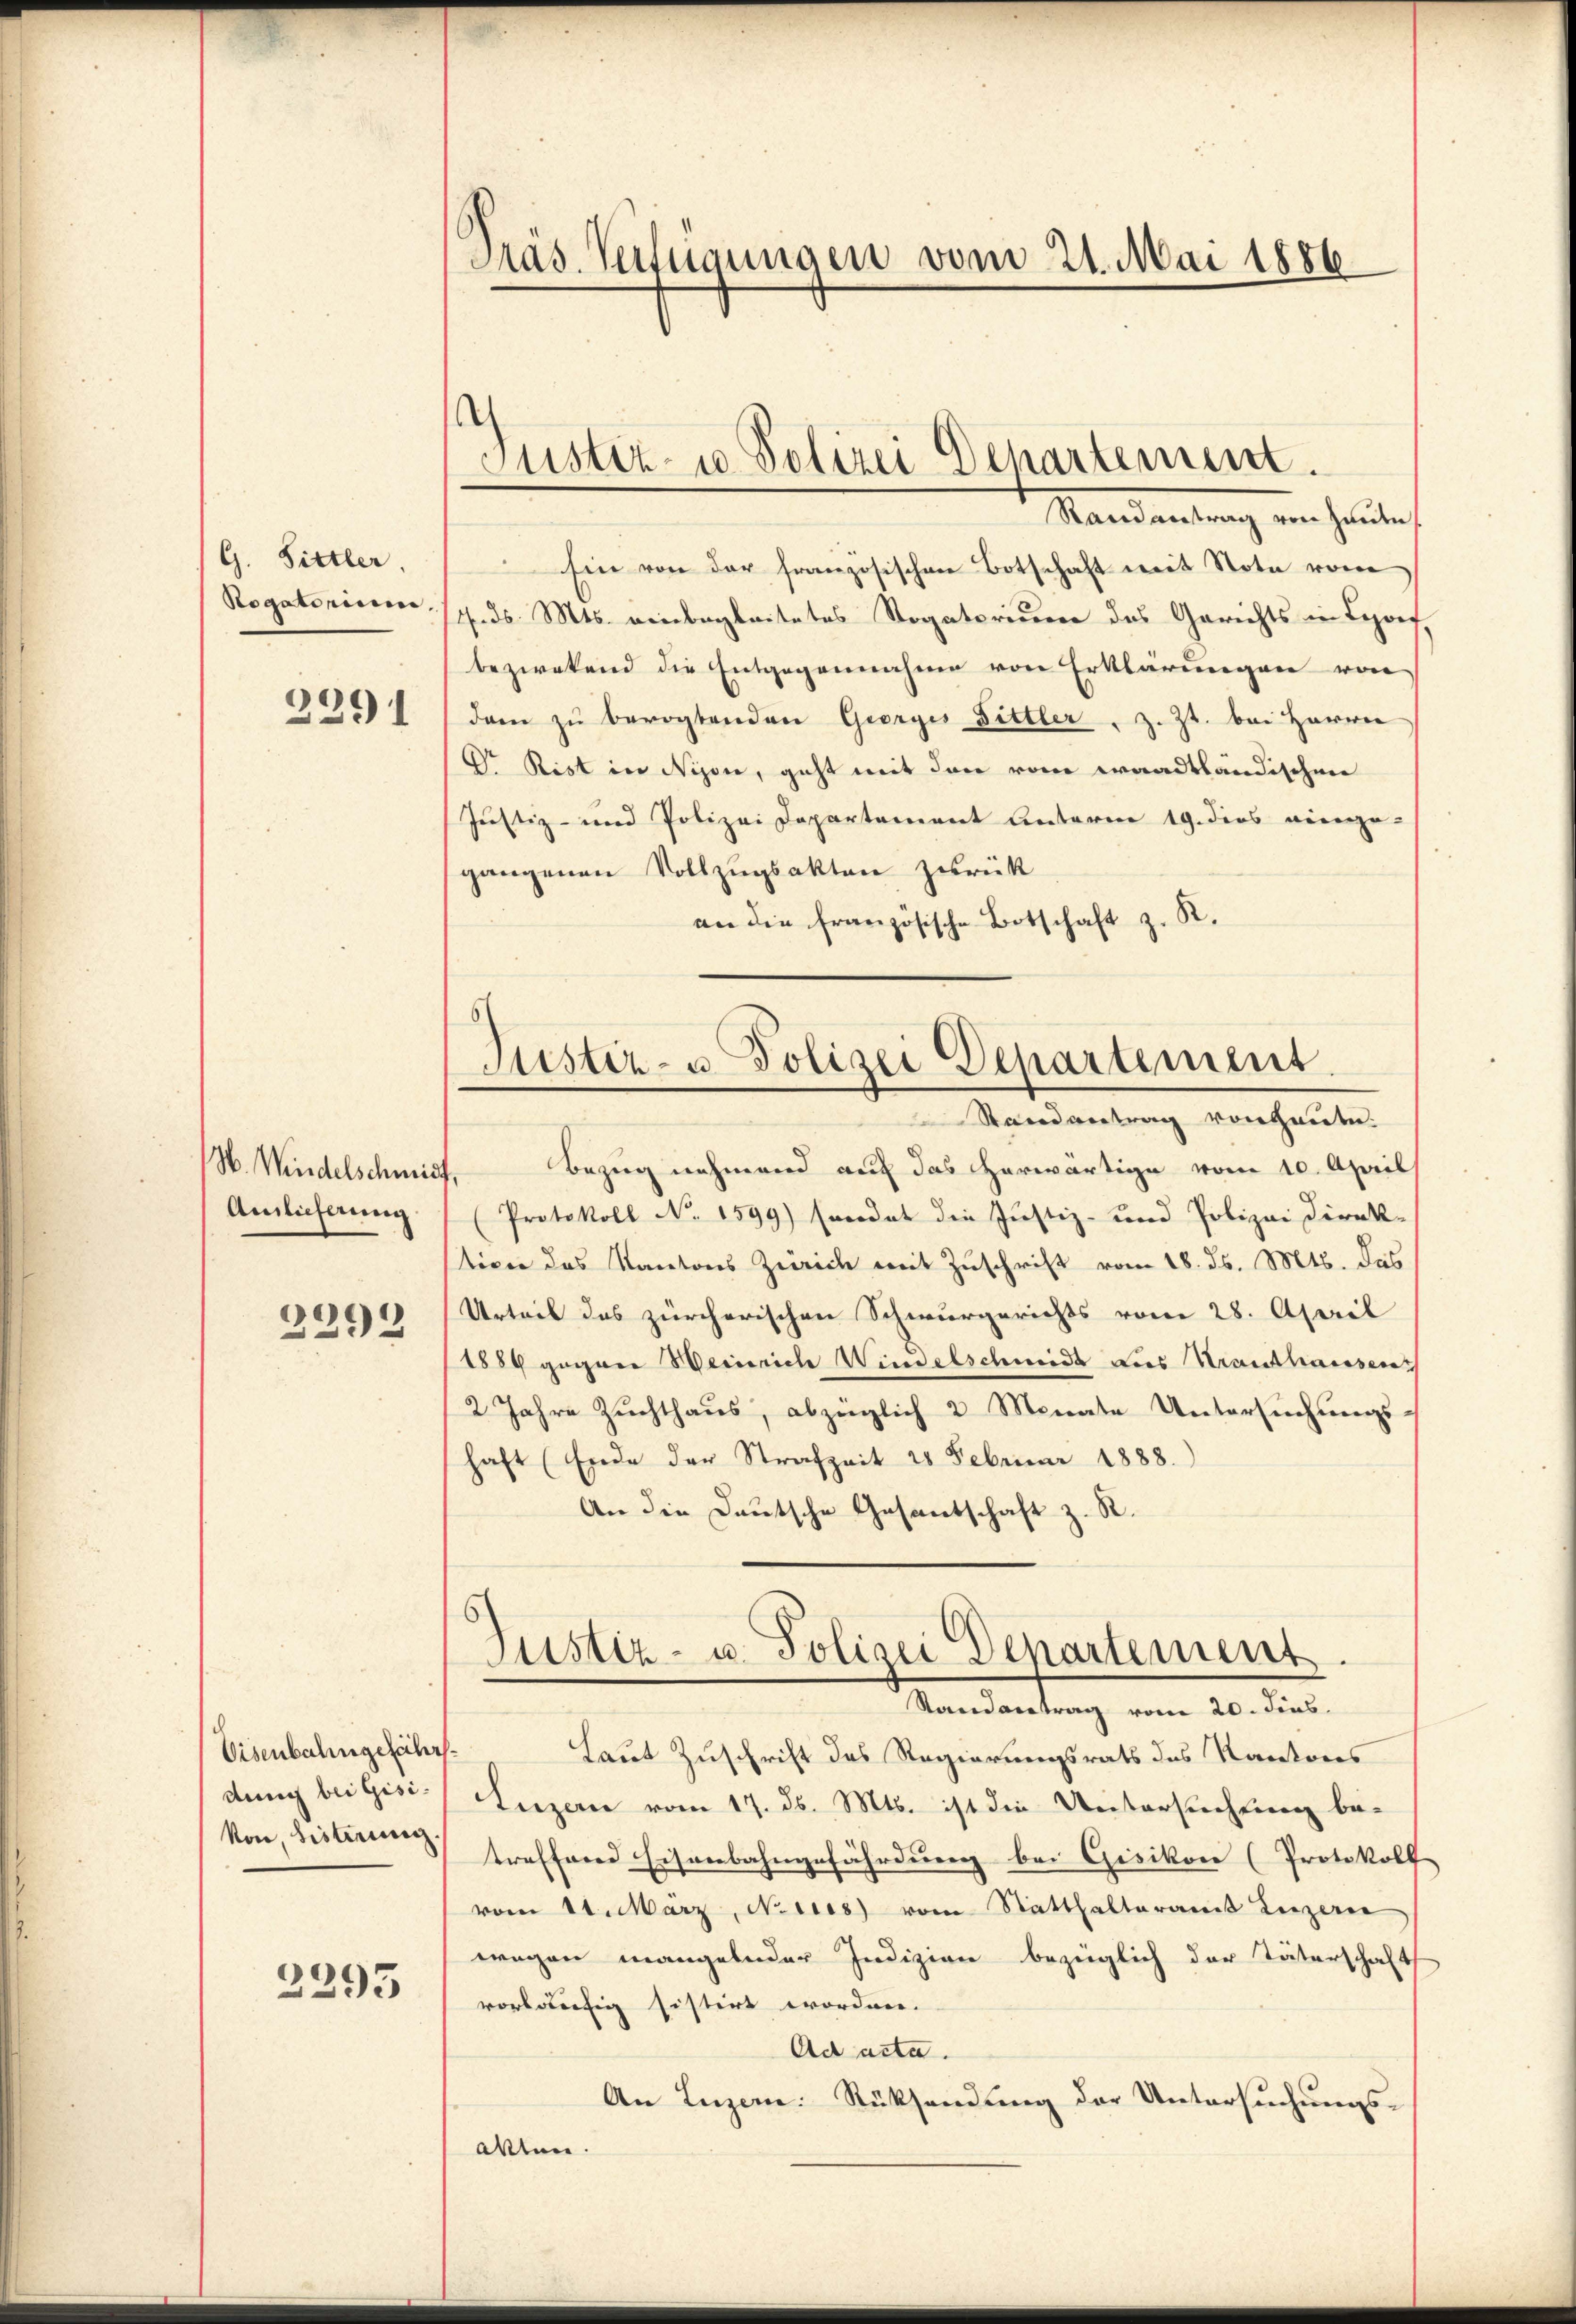
G. Sittler.
Rogatorium
2391

N. Windelschmit
Ainlicherung

2292

Eisenbahngefährdung bei Gisivon, bisterung

2295

Präs. Verfügungen vom 21. Mai 1886

Justiz- u. Polizei Departement.

Mandantrag von heuten
Ein von der französischen Botschaft mit Note vom
14. d. Mts. einbegleitetes Rogatorium des Gerichts in Loorf
bezwekend die Entgegennahme von Erklärungen von
dam zu bevogtenden Georges Dittler, z. Zt. bei Herrn
Dr. Rist in Nison, geht mit den vom waadtländischen
Justiz- und Polizei Departement Unterm 19. dies einge-
gangenen Vollzugsakten zurück
an die französische Botschaft z. R.

Justiz- u. Polizei Departement
Randantrag von heute.

Bezug nehmend auf das herwärtige vom 10. April
Protokoll No 1599) Ereidet die Justiz- und Polizei Direk-
tiven das Kantons Zürich mit Zuschrift vom 18. ds. Mts. das
Urteil das zürcherischen Schwurgerichts vom 28. April
1889 gegen Weinriche Windelschmeide des Krauthausen
/2 Jahre Zuchthaus, abzüglich 2 Monate Untersuchungshaft (Ende der Strafzeit 28 Februar 1888.
An die Deutsche Gesantschaft z. R.
Justiz- u. Polizei Departement.
Standvertrag vom 20. Fins
Laut Zuschrift des Regierungsrats des Kantons
Luzern vom 17. ds. Mts. ist die Untersuchung betreffend Eisenbahngefährdung bei Gisikon (Protokoll
vom 11. März, Neues vom Statthalteramt Luzern
wegen mangelnder Indizien bezüglich der Täterschaft
vorläufig histirt worden.
Ad acta.
An Luzern. Rücksendung der Untersuchungs-
Akten.